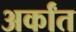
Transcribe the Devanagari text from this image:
अर्कांत